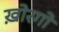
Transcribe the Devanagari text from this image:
ख़ोरगो